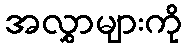
အလွှာများကို